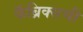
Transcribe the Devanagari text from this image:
फॅब्रिक्सची